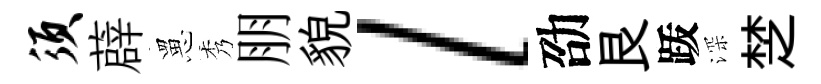
须薜罳秀朋貌l劭艮䟦深椘